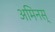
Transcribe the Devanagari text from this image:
अमिनस्